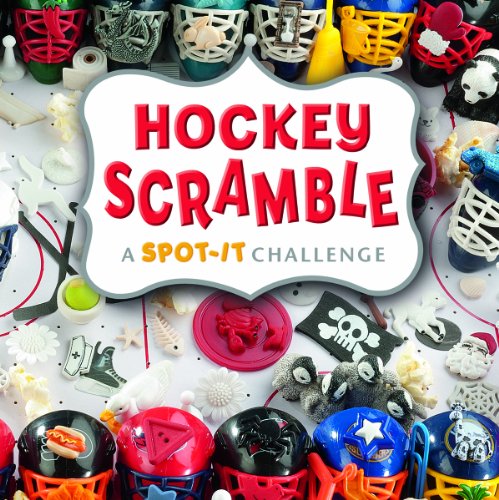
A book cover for Hockey Scramble: A Spot-It Challenge; Sarah L. Schuette; Children's Books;